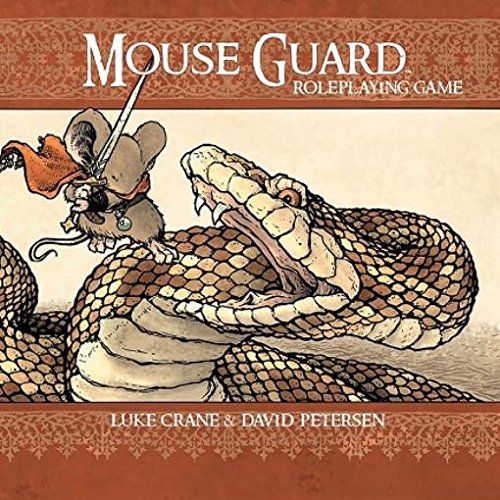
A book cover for Mouse Guard Roleplaying Game, 2nd Ed.; David Petersen; Comics & Graphic Novels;